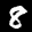
Label: 8